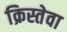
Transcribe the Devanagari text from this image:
क्रिस्तेवा